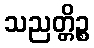
သညတ္တိဉ္စ